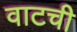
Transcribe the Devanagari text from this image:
वाटची